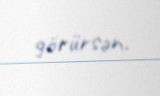
görürsən.